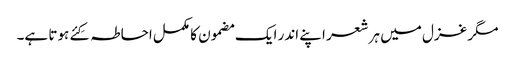
مگر غزل میں ہر شعر اپنے اندر ایک مضمون کا مکمل احاطہ کِئے ہوتا ہے۔